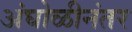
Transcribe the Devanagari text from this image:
अंघोळीनंतर